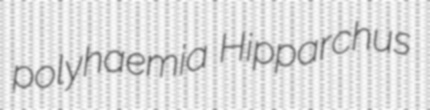
polyhaemia Hipparchus